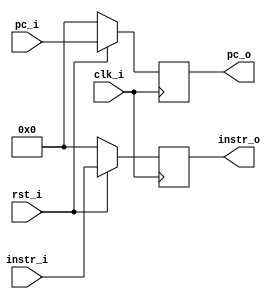
`timescale 1ns / 1ps
//////////////////////////////////////////////////////////////////////////////////
// Company: 
// Engineer: 
// 
// Design Name: 
// Module Name:    IFID 
// Project Name: 
// Target Devices: 
// Tool versions: 
// Description: 
//
// Dependencies: 
//
// Revision: 
// Revision 0.01 - File Created
// Additional Comments: 
//
//////////////////////////////////////////////////////////////////////////////////
module IFID(
	input clk_i,
	input rst_i,
	input [31:0] pc_i,
	input [31:0] instr_i,
	output reg [31:0] pc_o,
	output reg [31:0] instr_o
    );
always@(posedge clk_i)begin
	if (rst_i) begin
		pc_o=pc_i;
		instr_o=instr_i;
	end
	else begin
		pc_o=0;
		instr_o=0;
	end
end

endmodule